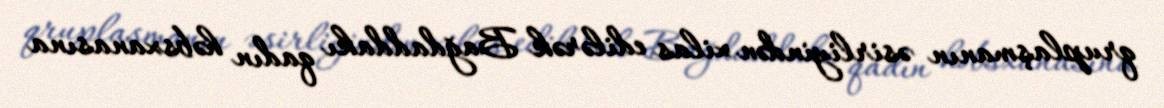
qruplaşmanın əsirliyindən xilas edilərək Bağdaddakı qadın həbsxanasına